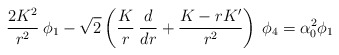
\begin{align*}{2K^2 \over r^2}\:\phi_1 - \sqrt 2 \left({K \over r}\: {d \over dr} +{K - rK' \over r^2}\right)\: \phi_4 = \alpha^2_0 \phi_1\end{align*}